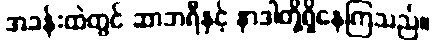
အခန်းထဲတွင် ဆာဘရီနှင့် နာဒါတို့ရှိနေကြသည်။